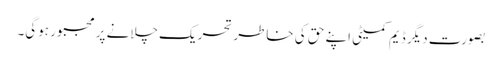
بصورت دیگر ڈیم کمیٹی اپنے حق کی خاطر تحریک چلانے پر مجبور ہوگی۔